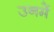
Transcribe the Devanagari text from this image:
उनमेें